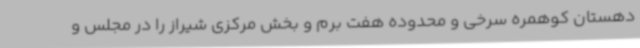
دهستان کوهمره سرخی و محدوده هفت برم و بخش مرکزی شیراز را در مجلس و